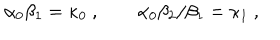
\alpha _ { 0 } \beta _ { 1 } = \kappa _ { 0 } \ , \qquad \alpha _ { 0 } \beta _ { 2 } / \beta _ { 1 } = \kappa _ { 1 } \ ,